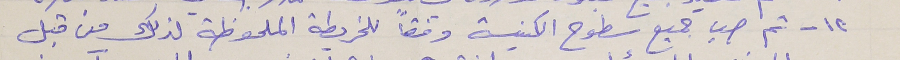
١٢ - ثم صب جميع سطوح الكنيسة وفقاً للخريطة الملحوظة لذلك من قبل